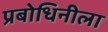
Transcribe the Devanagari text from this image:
प्रबोधिनीला